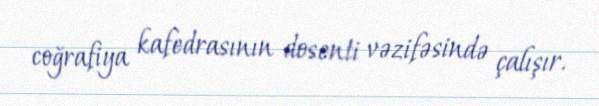
coğrafiya kafedrasının dosenti vəzifəsində çalışır.